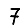
Digit: 7